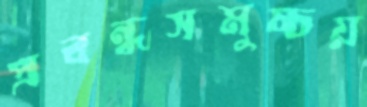
প্রবন্ধসমুচ্চয়